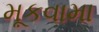
મૂકવામા